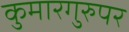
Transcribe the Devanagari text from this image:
कुमारगुरुपर